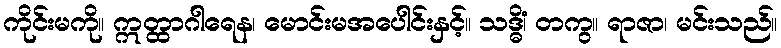
ကိုင်းမကို။ ဣတ္ထာဂါရေန၊ မောင်းမအပေါင်းနှင့်။ သဒ္ဓိံ၊ တကွ။ ရာဇာ၊ မင်းသည်။